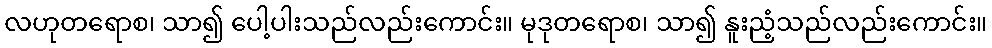
လဟုတရောစ၊ သာ၍ ပေါ့ပါးသည်လည်းကောင်း။ မုဒုတရောစ၊ သာ၍ နူးညံ့သည်လည်းကောင်း။